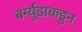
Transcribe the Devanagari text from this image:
बर्म्युडाकडून